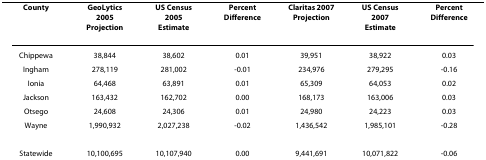
<table><thead><tr><td><b>County</b></td><td><b>GeoLytics 2005 Projection</b></td><td><b>US Census 2005 Estimate</b></td><td><b>Percent Difference</b></td><td><b>Claritas 2007 Projection</b></td><td><b>US Census 2007 Estimate</b></td><td><b>Percent Difference</b></td></tr></thead><tbody><tr><td>Chippewa</td><td>38,844</td><td>38,602</td><td>0.01</td><td>39,951</td><td>38,922</td><td>0.03</td></tr><tr><td>Ingham</td><td>278,119</td><td>281,002</td><td>-0.01</td><td>234,976</td><td>279,295</td><td>-0.16</td></tr><tr><td>Ionia</td><td>64,468</td><td>63,891</td><td>0.01</td><td>65,309</td><td>64,053</td><td>0.02</td></tr><tr><td>Jackson</td><td>163,432</td><td>162,702</td><td>0.00</td><td>168,173</td><td>163,006</td><td>0.03</td></tr><tr><td>Otsego</td><td>24,608</td><td>24,306</td><td>0.01</td><td>24,980</td><td>24,223</td><td>0.03</td></tr><tr><td>Wayne</td><td>1,990,932</td><td>2,027,238</td><td>-0.02</td><td>1,436,542</td><td>1,985,101</td><td>-0.28</td></tr><tr><td>Statewide</td><td>10,100,695</td><td>10,107,940</td><td>0.00</td><td>9,441,691</td><td>10,071,822</td><td>-0.06</td></tr></tbody></table>